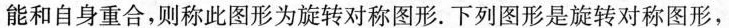
能和自身重合，则称此图形为旋转对称图形。下列图形是旋转对称图形，